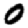
Digit: 0